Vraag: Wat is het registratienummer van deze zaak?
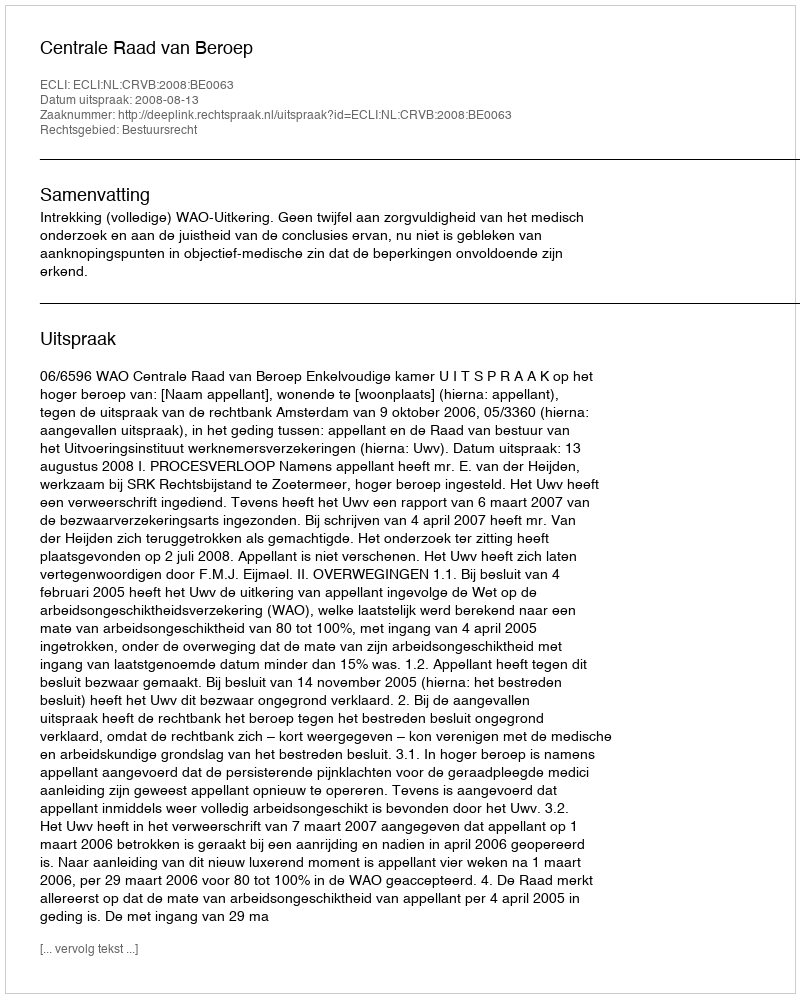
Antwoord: http://deeplink.rechtspraak.nl/uitspraak?id=ECLI:NL:CRVB:2008:BE0063